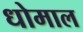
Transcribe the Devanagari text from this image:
धोमाल